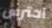
احترس